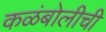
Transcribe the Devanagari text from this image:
कळंबोलीची